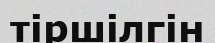
тіршілгін